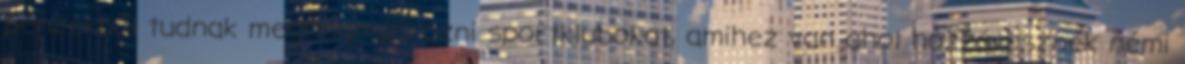
pénzekből tudnak megfinanszírozni sportklubokat, amihez van ahol hozzávesznek némi